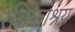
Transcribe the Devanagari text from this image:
रसिकाश्रय